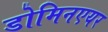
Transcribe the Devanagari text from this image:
डोमिनएयर